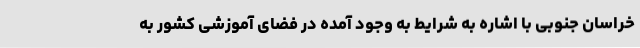
خراسان جنوبی با اشاره به شرایط به وجود آمده در فضای آموزشی کشور به